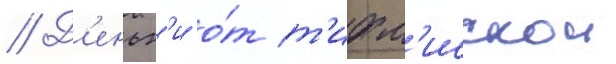
// Д'еньг'и о́т т'ифл'исскои